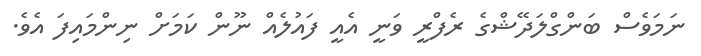
ނަމަވެސް ބަންގްލަދޭޝްގެ ރެފްރީ ވަނީ އެއީ ފައުލެއް ނޫން ކަމަށް ނިންމައިިފަ އެވެ.